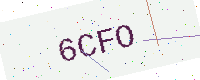
Text: 6CFO